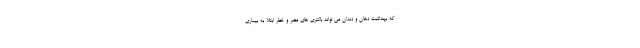
که بهداشت دهان و دندان می تواند باکتری های مضر و خطر ابتلا به بیماری